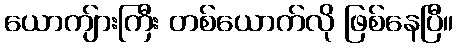
ယောကျ်ားကြီး တစ်ယောက်လို ဖြစ်နေပြီ။